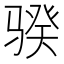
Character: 骙